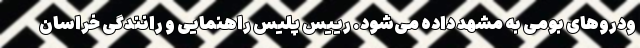
ودروهای بومی به مشهد داده می‌شود. رییس پلیس راهنمایی و رانندگی خراسان